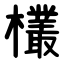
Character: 欉